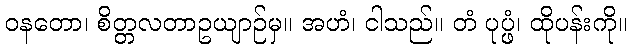
ဝနတော၊ စိတ္တလတာဥယျာဉ်မှ။ အဟံ၊ ငါသည်။ တံ ပုပ္ဖံ၊ ထိုပန်းကို။